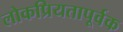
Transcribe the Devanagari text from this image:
लोकप्रियतापूर्वक